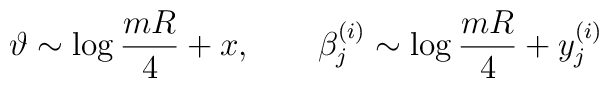
\vartheta\sim\log{mR\over{4}}+x,\qquad\beta^{(i)}_{j}\sim\log{mR\over{4}}+y^{(i)}_{j}